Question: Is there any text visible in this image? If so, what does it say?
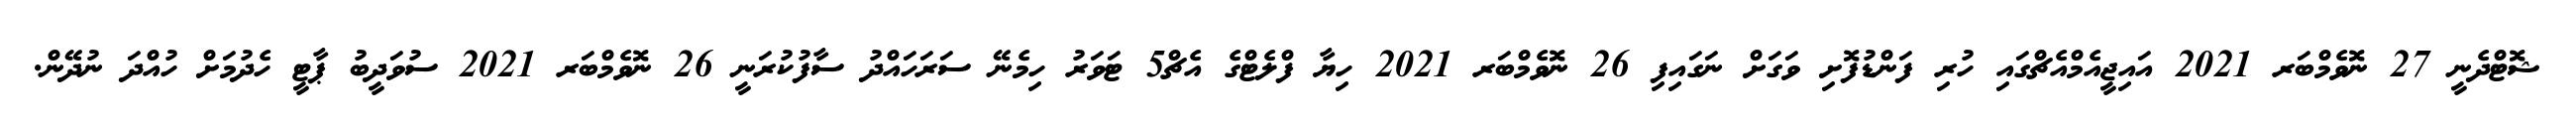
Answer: ޝޮޓްދެނީ 27 ނޮވެމްބަރ 2021 އައިޖީއެމްއެޗްގައި ހުރި ފަންޑުފޮށި ވަގަށް ނަގައިފި 26 ނޮވެމްބަރ 2021 ހިޔާ ފްލެޓްގެ އެޗް5 ޓަވަރު ހިމެނޭ ސަރަހައްދު ސާފުކުރަނީ 26 ނޮވެމްބަރ 2021 ސުވަދީބު ޕާޓީ ހެދުމަށް ހުއްދަ ނުދޭން.